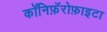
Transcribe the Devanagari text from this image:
कॉनिफ़ॅरोफ़ाइटा